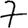
Digit: 7